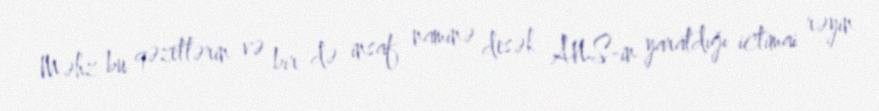
Məhz bu qəzetlərin və bir də insaf naminə desək ANS-in yaratdığı ictimai rəyin